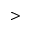
>